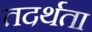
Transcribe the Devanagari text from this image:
तदर्थता